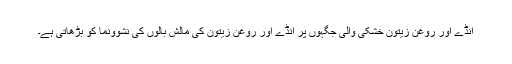
انڈے اور روغن زیتون خشکی والی جگہوں پر انڈے اور روغن زیتون کی مالش بالوں کی نشوونما کو بڑھاتی ہے۔